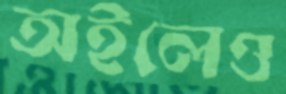
অইলেও